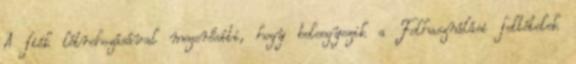
A fiók létrehozásával megerősíti, hogy beleegyezik a Felhasználási feltételek